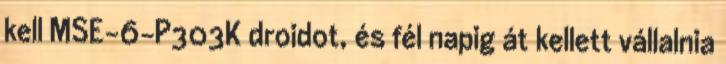
kell MSE-6-P303K droidot, és fél napig át kellett vállalnia